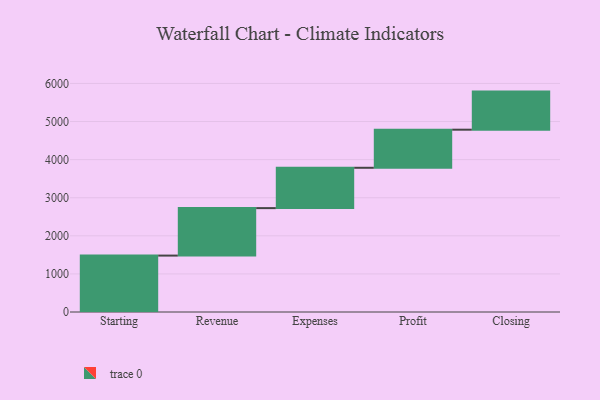
{"axis": {"x": "Step", "y": "Value"}, "legend": [""], "data": [{"x": "Starting", "y": 1481.0, "type": ""}, {"x": "Revenue", "y": 1246.0, "type": ""}, {"x": "Expenses", "y": 1059.0, "type": ""}, {"x": "Profit", "y": 1000, "type": ""}, {"x": "Closing", "y": 1000, "type": ""}]}